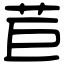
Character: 苣